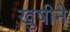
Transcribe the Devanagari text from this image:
खुषीने